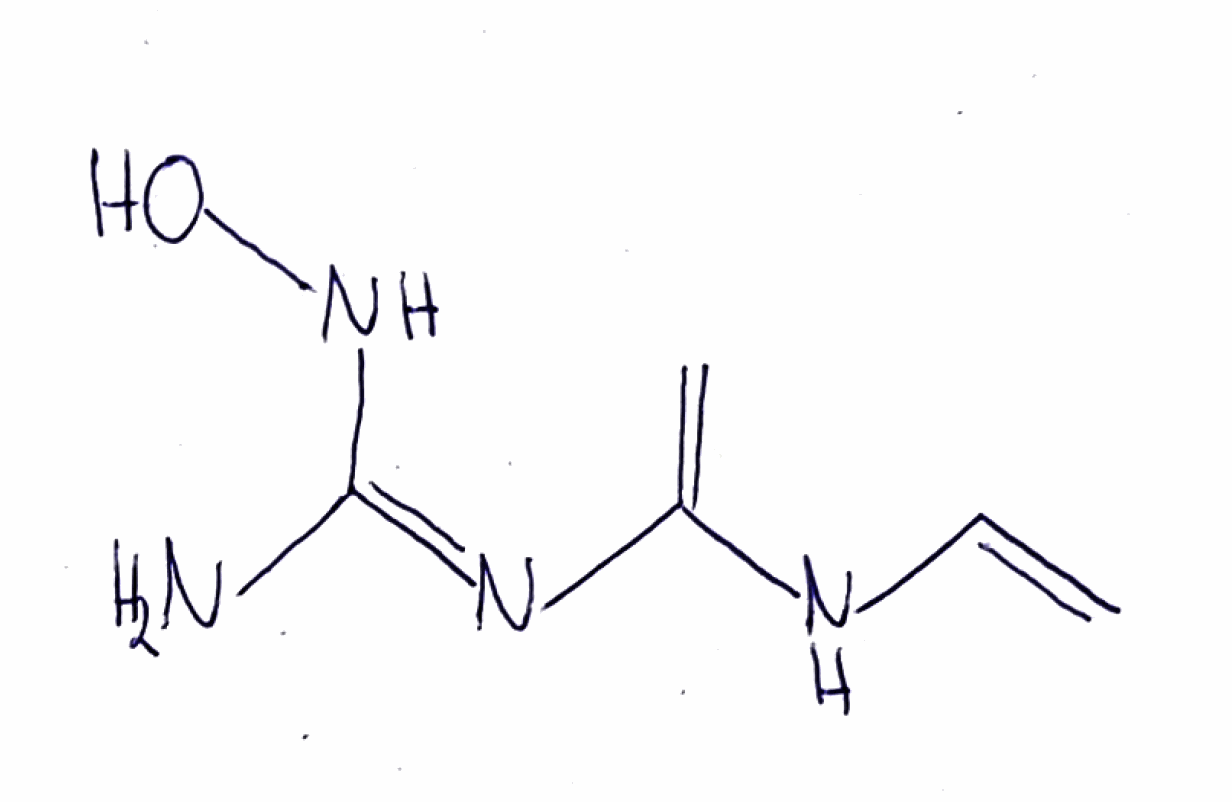
Simplified molecular-input line-entry system (SMILES) notation of the given molecule:
C=CNC(=C)/N=C(/N)\NO